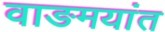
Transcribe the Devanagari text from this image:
वाङमयांत